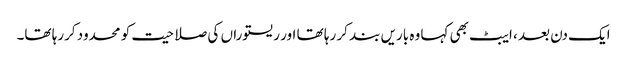
ایک دن بعد ، ایبٹ بھی کہا وہ باریں بند کر رہا تھا اور ریستوراں کی صلاحیت کو محدود کررہا تھا۔